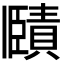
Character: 𧷤